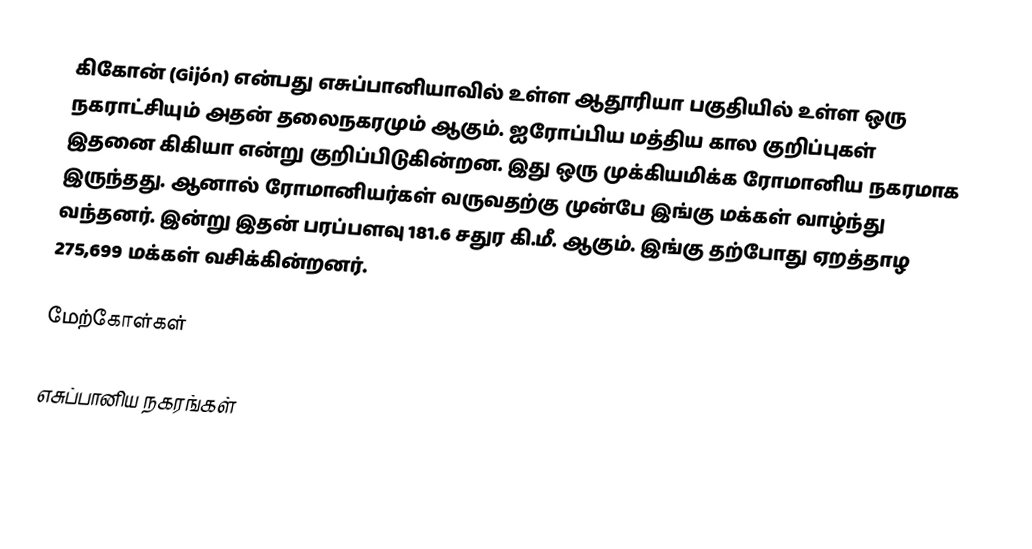
கிகோன் (Gijón) என்பது எசுப்பானியாவில் உள்ள ஆதூரியா பகுதியில் உள்ள ஒரு நகராட்சியும் அதன் தலைநகரமும் ஆகும். ஐரோப்பிய மத்திய கால குறிப்புகள் இதனை கிகியா என்று குறிப்பிடுகின்றன. இது ஒரு முக்கியமிக்க ரோமானிய நகரமாக இருந்தது. ஆனால் ரோமானியர்கள் வருவதற்கு முன்பே இங்கு மக்கள் வாழ்ந்து வந்தனர். இன்று இதன் பரப்பளவு 181.6 சதுர கி.மீ. ஆகும். இங்கு தற்போது ஏறத்தாழ 275,699 மக்கள் வசிக்கின்றனர்.

மேற்கோள்கள்

எசுப்பானிய நகரங்கள்